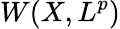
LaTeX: W(X,L^{p})